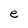
Character: e